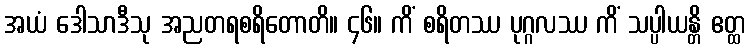
အယံ ဒေါသာဒီသု အညတရစရိတောတိ။ ၄၆။ ကိံ စရိတဿ ပုဂ္ဂလဿ ကိံ သပ္ပါယန္တိ ဧတ္ထ